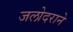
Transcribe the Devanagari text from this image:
जलोदराने